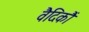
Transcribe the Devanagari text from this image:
वैदिकौं